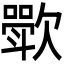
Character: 𬅰